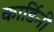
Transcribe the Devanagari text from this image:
कार्डिनी